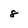
Character: 8